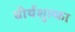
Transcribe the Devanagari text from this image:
वीर्यशुल्का